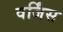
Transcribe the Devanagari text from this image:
वर्जिंस